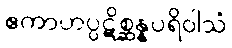
ဧကာဟပ္ပဋိစ္ဆန္နပရိဝါသံ